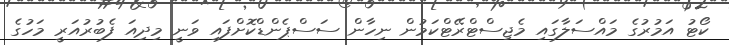
ކޯޓު އަމުރުގެ މައްސަލާގައި މެޖިސްޓްރޭޓްކަމުން ނިހާން ސަސްޕެންޑްކޮށްފައި ވަނީ މިދިއަ ފެބުރުއަރީ މަހުގެ